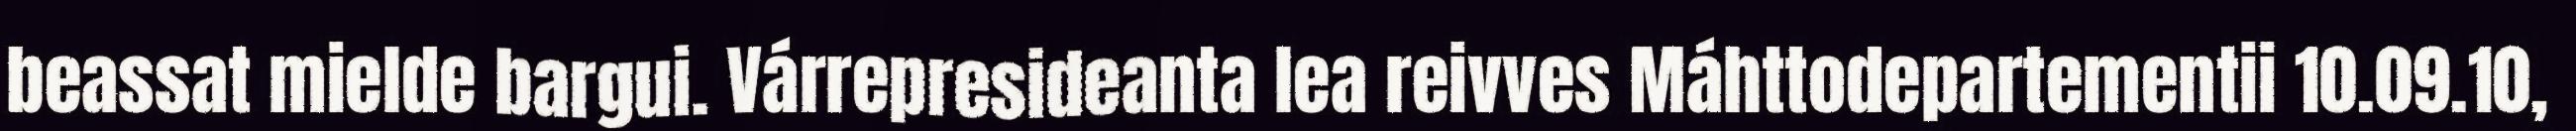
beassat mielde bargui. Várrepresideanta lea reivves Máhttodepartementii 10.09.10,